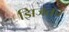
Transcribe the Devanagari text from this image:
झिजतच